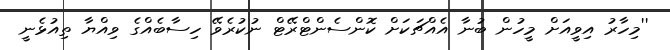
''މިހާރު އިވީއަށް މީހުން ބުނާ އެއްޗަކަށް ކޮންސެންޓްރޭޓް ނުކުރެވޭ ހިސާބެއްގެ ވިއްޔާ ތިއުޅެނީ